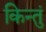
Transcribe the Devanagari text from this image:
किन्तुं